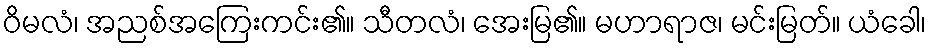
ဝိမလံ၊ အညစ်အကြေးကင်း၏။ သီတလံ၊ အေးမြ၏။ မဟာရာဇ၊ မင်းမြတ်။ ယံခေါ၊